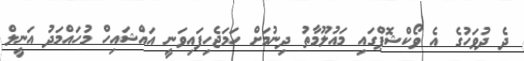
ދެ ދުވަހުގެ އެ ވޯކްޝޮޕްގައި މައުލޫމާތު ދިނުމަށް ހަމަޖެހިފައިވަނީ އައްޝައިހް މުހައްމަދު އަނީލް